Vaccine operations Central Provinces & Berar 1922-1929 - 1922-1929
Year: 1922
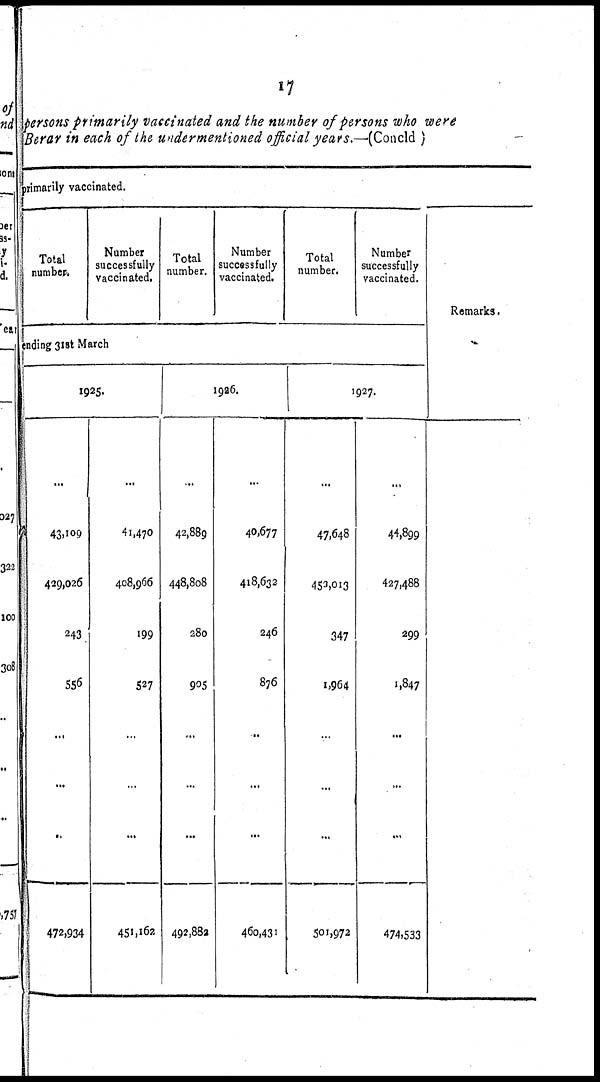
17
persons primarily vaccinated and the number of persons who were
Berar in each of the undermentioned official years.—(Concld )
primarily vaccinated.
Total
number.
Number
successfully
vaccinated.
Total
number.
Number
successfully
vaccinated.
Total
number.
Number
successfully
vaccinated.
ending 31st March
1925.
...
43,109
429,026
243
556
...
...
...
472,934
...
41,470
408,966
199
527
...
...
...
451,162
1926.
...
42,889
448,808
280
905
...
...
...
492,882
...
40,677
418,632
246
876
...
...
...
460,431
1927.
...
47,648
453,013
347
1,964
...
...
...
501,972
...
44,899
427,488
299
1,847
...
...
...
474,533
Remarks.